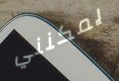
يمكنني